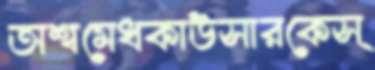
অশ্বমেধকাউসারকেস্